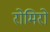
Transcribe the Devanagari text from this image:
रोमिरो